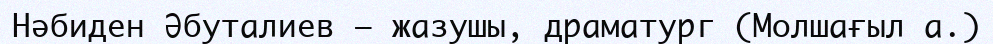
Нәбиден Әбуталиев – жазушы, драматург (Молшағыл а.)